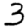
Digit: 3